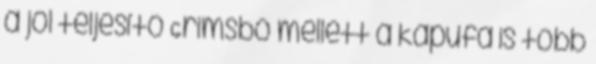
a jól teljesítő Grimsbö mellett a kapufa is több